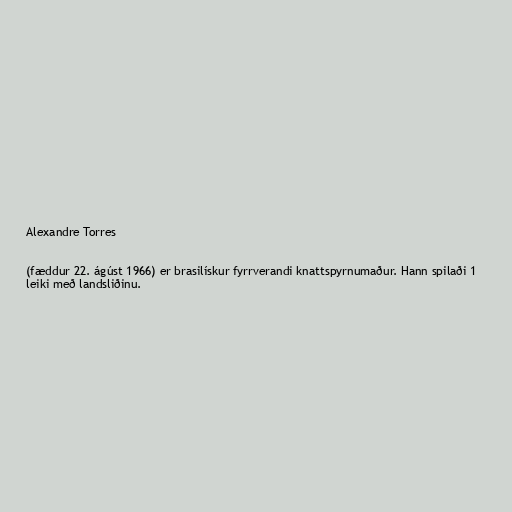
Alexandre Torres

(fæddur 22. ágúst 1966) er brasilískur fyrrverandi knattspyrnumaður. Hann spilaði 1
leiki með landsliðinu.